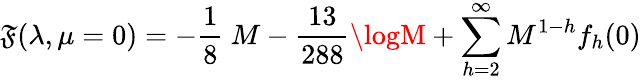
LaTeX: \mathfrak{F}(\lambda,\mu=0)=-{\frac{{1}}{{8}}}\ M-{\frac{{13}}{{288}}}\logM+\sum_{h=2}^{\infty}M^{1-h}f_{h}(0)